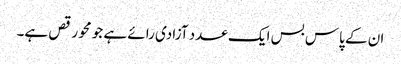
ان کے پاس بس ایک عدد آزادی رائے ہے جو محو رقص ہے۔